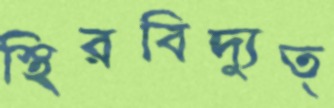
স্থিরবিদ্যুত্